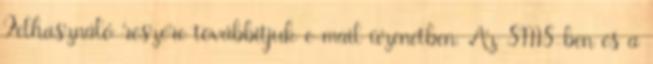
Felhasználó részére továbbítjuk e-mail üzenetben. Az SMS-ben és a